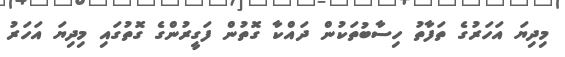
މިދިޔަ އަހަރުގެ ތަފާތު ހިސާބުތަކުން ދައްކާ ގޮތުން ފަގީރުންގެ ގޮތުގައި މިދިޔަ އަހަރު